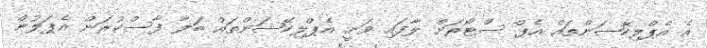
އެ އެޕްލިކޭޝަންތައް އެޕް ސްޓޯރަށް ލާފައި ވަނީ އެޕްލިކޭޝަންތައް ބަލާ ފާސްކުރަން އެޕަލުން